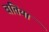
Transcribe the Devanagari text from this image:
बतिया